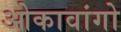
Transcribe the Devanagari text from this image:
ओकावांगो